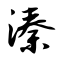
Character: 溱